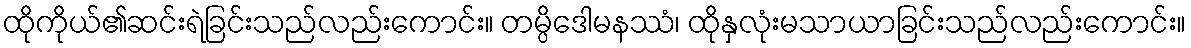
ထိုကိုယ်၏ဆင်းရဲခြင်းသည်လည်းကောင်း။ တမ္ပိဒေါမနဿံ၊ ထိုနှလုံးမသာယာခြင်းသည်လည်းကောင်း။